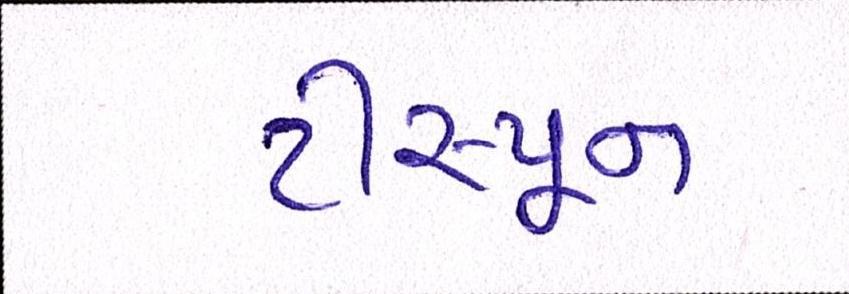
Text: ટીસ્પૂન